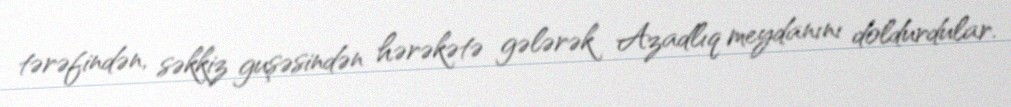
tərəfindən, səkkiz guşəsindən hərəkətə gələrək Azadlıq meydanını doldurdular.